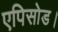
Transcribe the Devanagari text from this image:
एपिसोड।